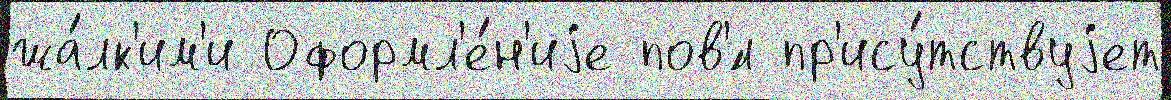
жа́лк'им'и Оформл'е́н'иjе пов'́л пр'ису́тствуjет